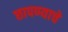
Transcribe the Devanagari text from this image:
छापण्याचे